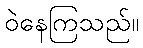
ဝဲနေကြသည်။